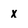
Character: x